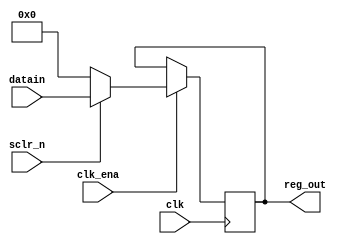
module register(
input wire [15:0] datain,
    input wire clk,
    input wire sclr_n,
    input wire clk_ena,
    output reg [15:0] reg_out
    );
    
    always @(posedge clk) begin
        if (clk_ena) begin
            if (!sclr_n) begin
                reg_out <= 16'b0;  // Clear the output when reset is active
            end
            else begin
                reg_out <= datain;  // Set the output equal to the input when reset is inactive
            end
        end
    end

endmodule